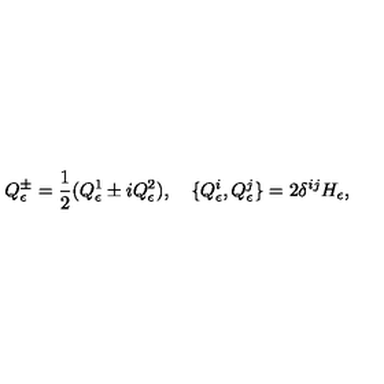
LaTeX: Q _ { \epsilon } ^ { \pm } = \frac { 1 } { 2 } ( Q _ { \epsilon } ^ { 1 } \pm i Q _ { \epsilon } ^ { 2 } ) , \quad \{ Q _ { \epsilon } ^ { i } , Q _ { \epsilon } ^ { j } \} = 2 \delta ^ { i j } H _ { \epsilon } ,